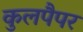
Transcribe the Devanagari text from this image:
कुलपैपर